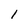
Character: l